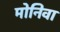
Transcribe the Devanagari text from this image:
मोनिवा